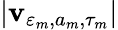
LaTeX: |\mathbf{v}_{\varepsilon_{m},a_{m},\tau_{m}}|